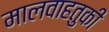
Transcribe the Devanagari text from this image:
मालवाहतुकी